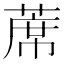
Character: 蓆